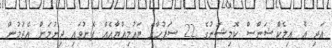
އަދި އެ އިލެކްޝަންސް ކޮމިޝަނުގެ 22 ސަފުހާގެ ޔައުމިއްޔާއެއް ފޮނުވައި ދިނުމަށް އެދުމުން